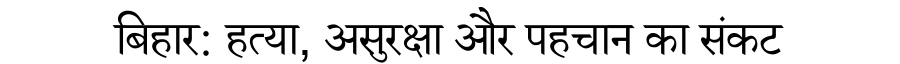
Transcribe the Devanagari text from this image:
बिहार: हत्या, असुरक्षा और पहचान का संकट